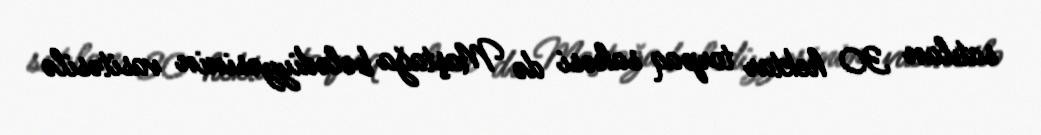
satılan 30 hektar torpaq sahəsi də Maştağa bələdiyyəsinin vasitəsilə